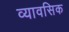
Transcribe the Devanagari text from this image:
व्यावसिक